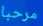
مرحبا